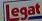
Legat